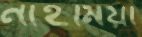
নাহমিয়া